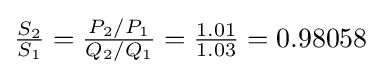
{\tfrac {S_{2}}{S_{1}}}={\tfrac {P_{2}/P_{1}}{Q_{2}/Q_{1}}}={\tfrac {1.01}{1.03}}=0.98058